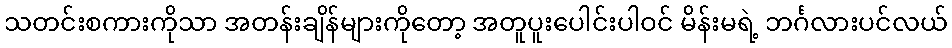
သတင်းစကားကိုသာ အတန်းချိန်များကိုတော့ အတူပူးပေါင်းပါဝင် မိန်းမရဲ့ ဘင်္ဂလားပင်လယ်